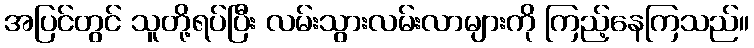
အပြင်တွင် သူတို့ရပ်ပြီး လမ်းသွားလမ်းလာများကို ကြည့်နေကြသည်။